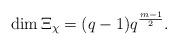
LaTeX: \begin{align*}\dim \Xi_{\chi} = (q-1)q^{\frac{m-1}{2}}.\end{align*}